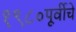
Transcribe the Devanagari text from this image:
१९८०पूर्वीचे